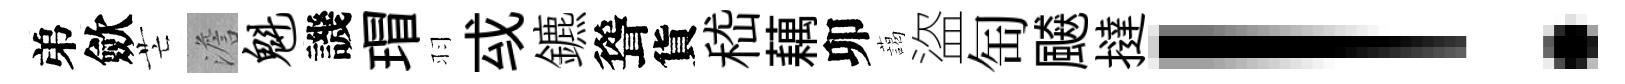
弟歛芒澹魁譏瑁羽㦯鑣聳貨嵇藕卯藹盜匋飇撻！